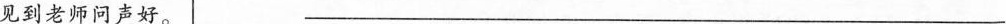
见到老师问声好。___